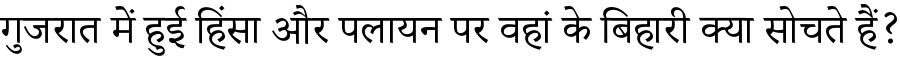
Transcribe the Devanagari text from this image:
गुजरात में हुई हिंसा और पलायन पर वहां के बिहारी क्या सोचते हैं?